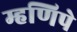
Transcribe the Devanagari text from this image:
म्हणिपे